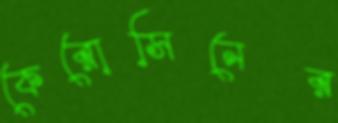
কেরোসিনের